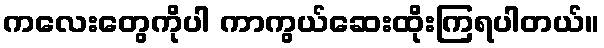
ကလေးတွေကိုပါ ကာကွယ်ဆေးထိုးကြရပါတယ်။